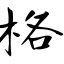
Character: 格